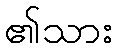
၏သား